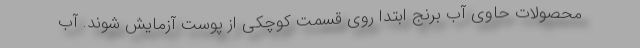
محصولات حاوی آب برنج ابتدا روی قسمت کوچکی از پوست آزمایش شوند. آب